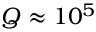
Q \approx 1 0 ^ { 5 }